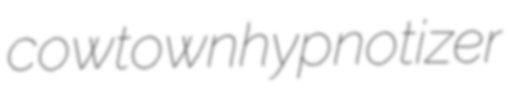
cowtown hypnotizer